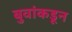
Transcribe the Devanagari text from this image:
बुवांकडून